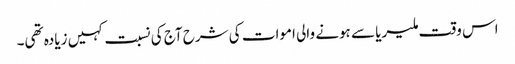
اس وقت ملیریا سے ہونے والی اموات کی شرح آج کی نسبت کہیں زیادہ تھی۔